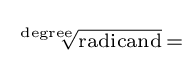
\scriptstyle {\sqrt[{\text{degree}}]{\scriptstyle {\text{radicand}}}}\,=